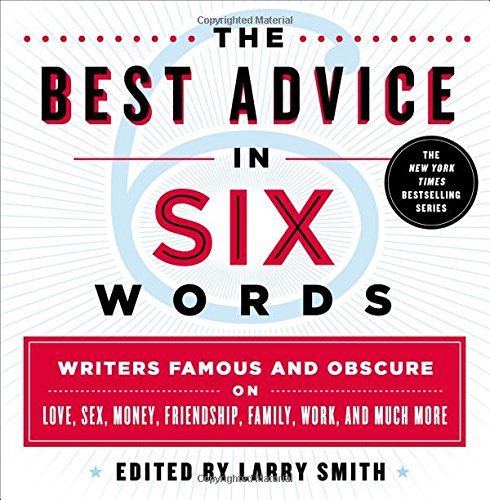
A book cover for The Best Advice in Six Words: Writers Famous and Obscure on Love, Sex, Money, Friendship, Family, Work, and Much More; Larry Smith; Reference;